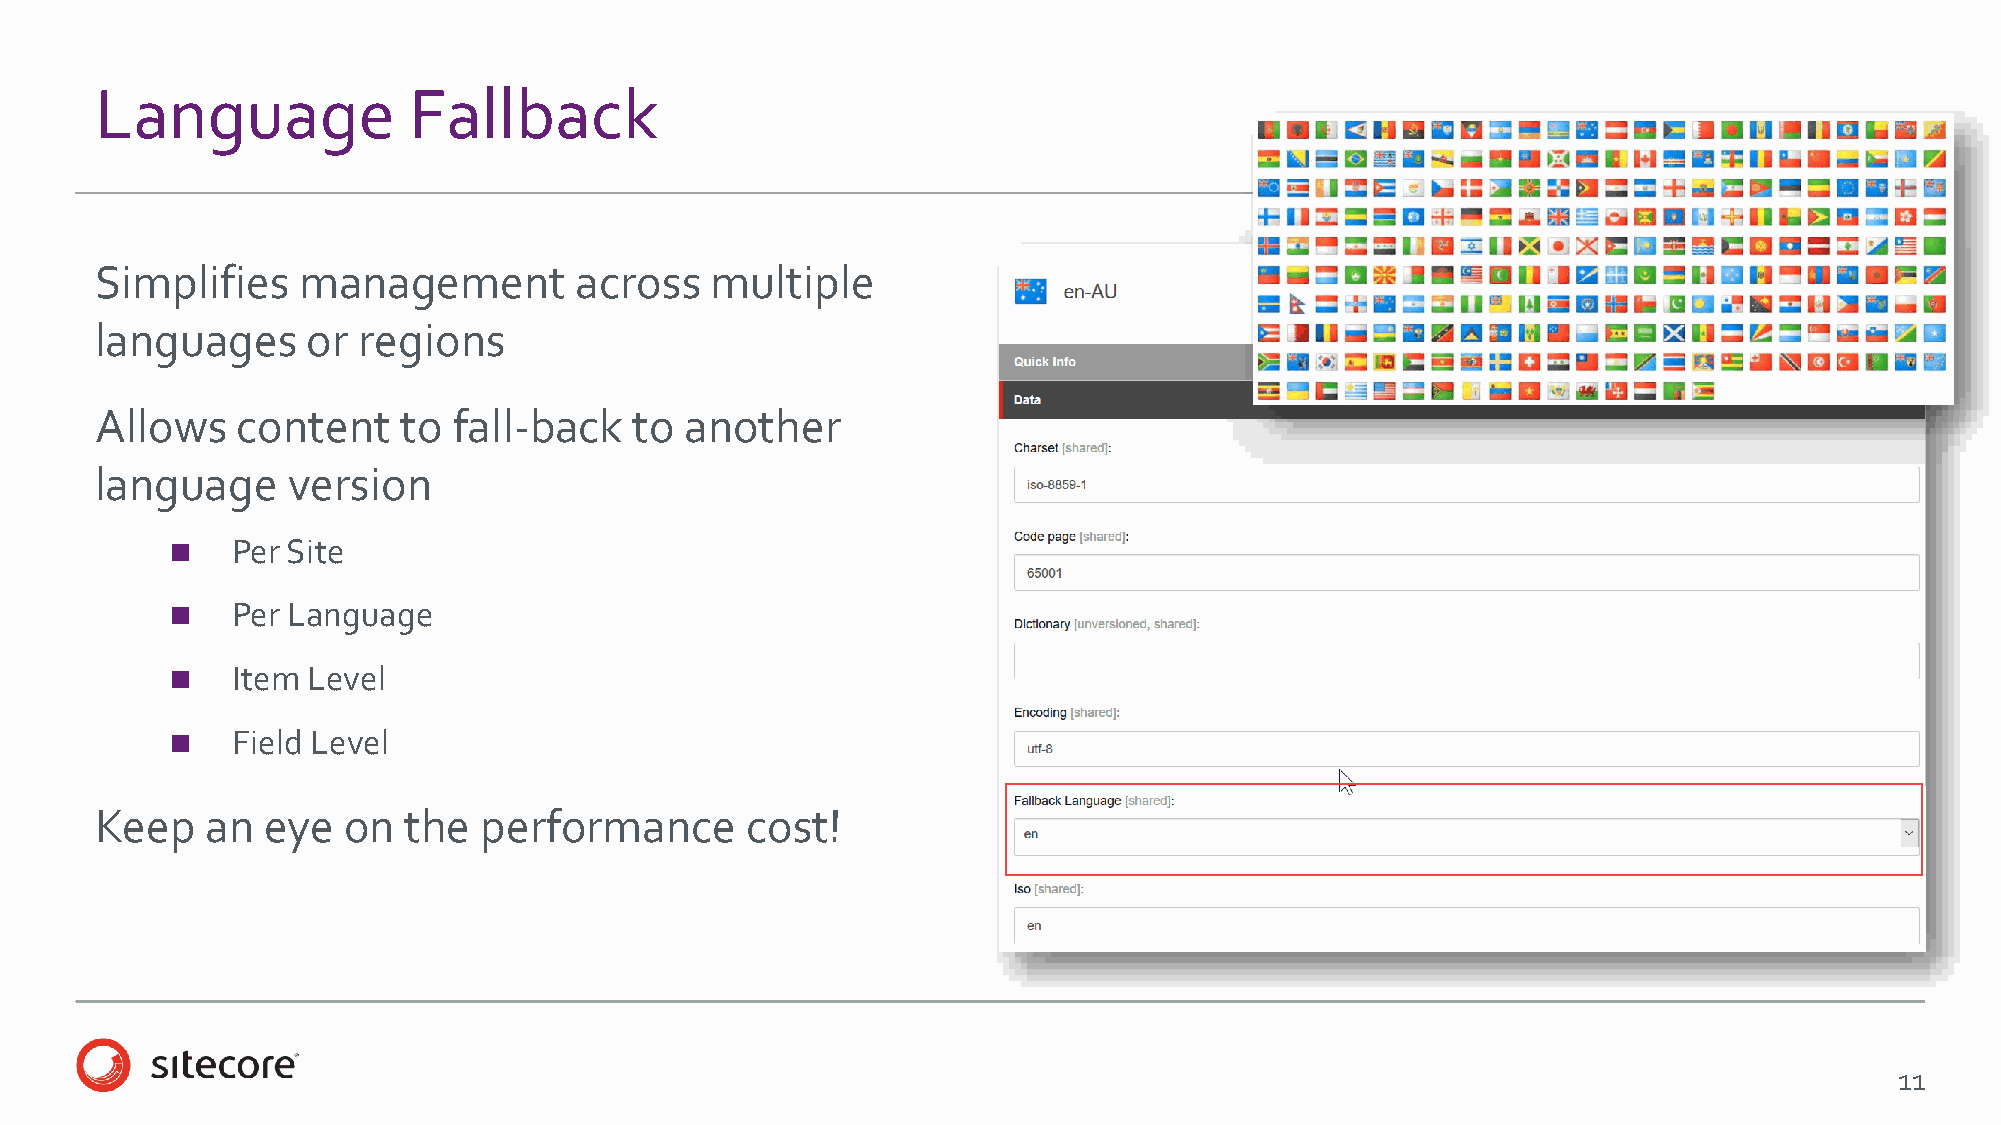
Language             Fallback
 Simplifies    management        across   multiple
 languages     or  regions
 Allows    content    to fall-back   to another
 language     version
    Per Site
    Per Language
    Item Level
    Field Level
 Keep    an  eye  on  the  performance      cost!
 11